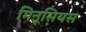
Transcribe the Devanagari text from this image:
मिनूसियस